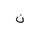
Letter: _non